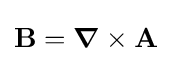
\mathbf {B} ={\boldsymbol {\nabla }}\times \mathbf {A}